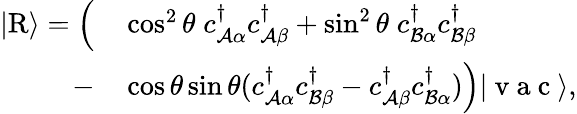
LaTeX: \begin{array}{rl}{\vert\mathrm{R}\rangle=\Big(}&{{}\cos^{2}\theta\; {c}_{\mathcal{A}\alpha}^{\dagger}{c}_{\mathcal{A}\beta}^{\dagger}+\sin^{2}\theta\; {c}_{\mathcal{B}\alpha}^{\dagger}{c}_{\mathcal{B}\beta}^{\dagger}}\\ {-}&{{}\cos\theta\sin\theta({c}_{\mathcal{A}\alpha}^{\dagger}{c}_{\mathcal{B}\beta}^{\dagger}-{c}_{\mathcal{A}\beta}^{\dagger}{c}_{\mathcal{B}\alpha}^{\dagger})\Big)\vert\mathrm{~v~a~c~}\rangle,}\end{array}